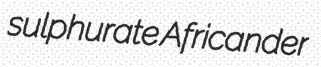
sulphurate Africander